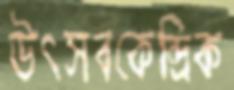
উৎসবকেন্দ্রিক